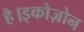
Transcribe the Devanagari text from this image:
है।इकोज़ोन